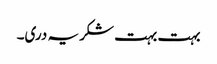
بہت بہت شکریہ دری۔